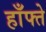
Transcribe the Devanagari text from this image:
हाँफ्ते